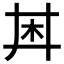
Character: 𪱶